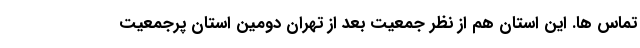
تماس ها. این استان هم از نظر جمعیت بعد از تهران دومین استان پرجمعیت